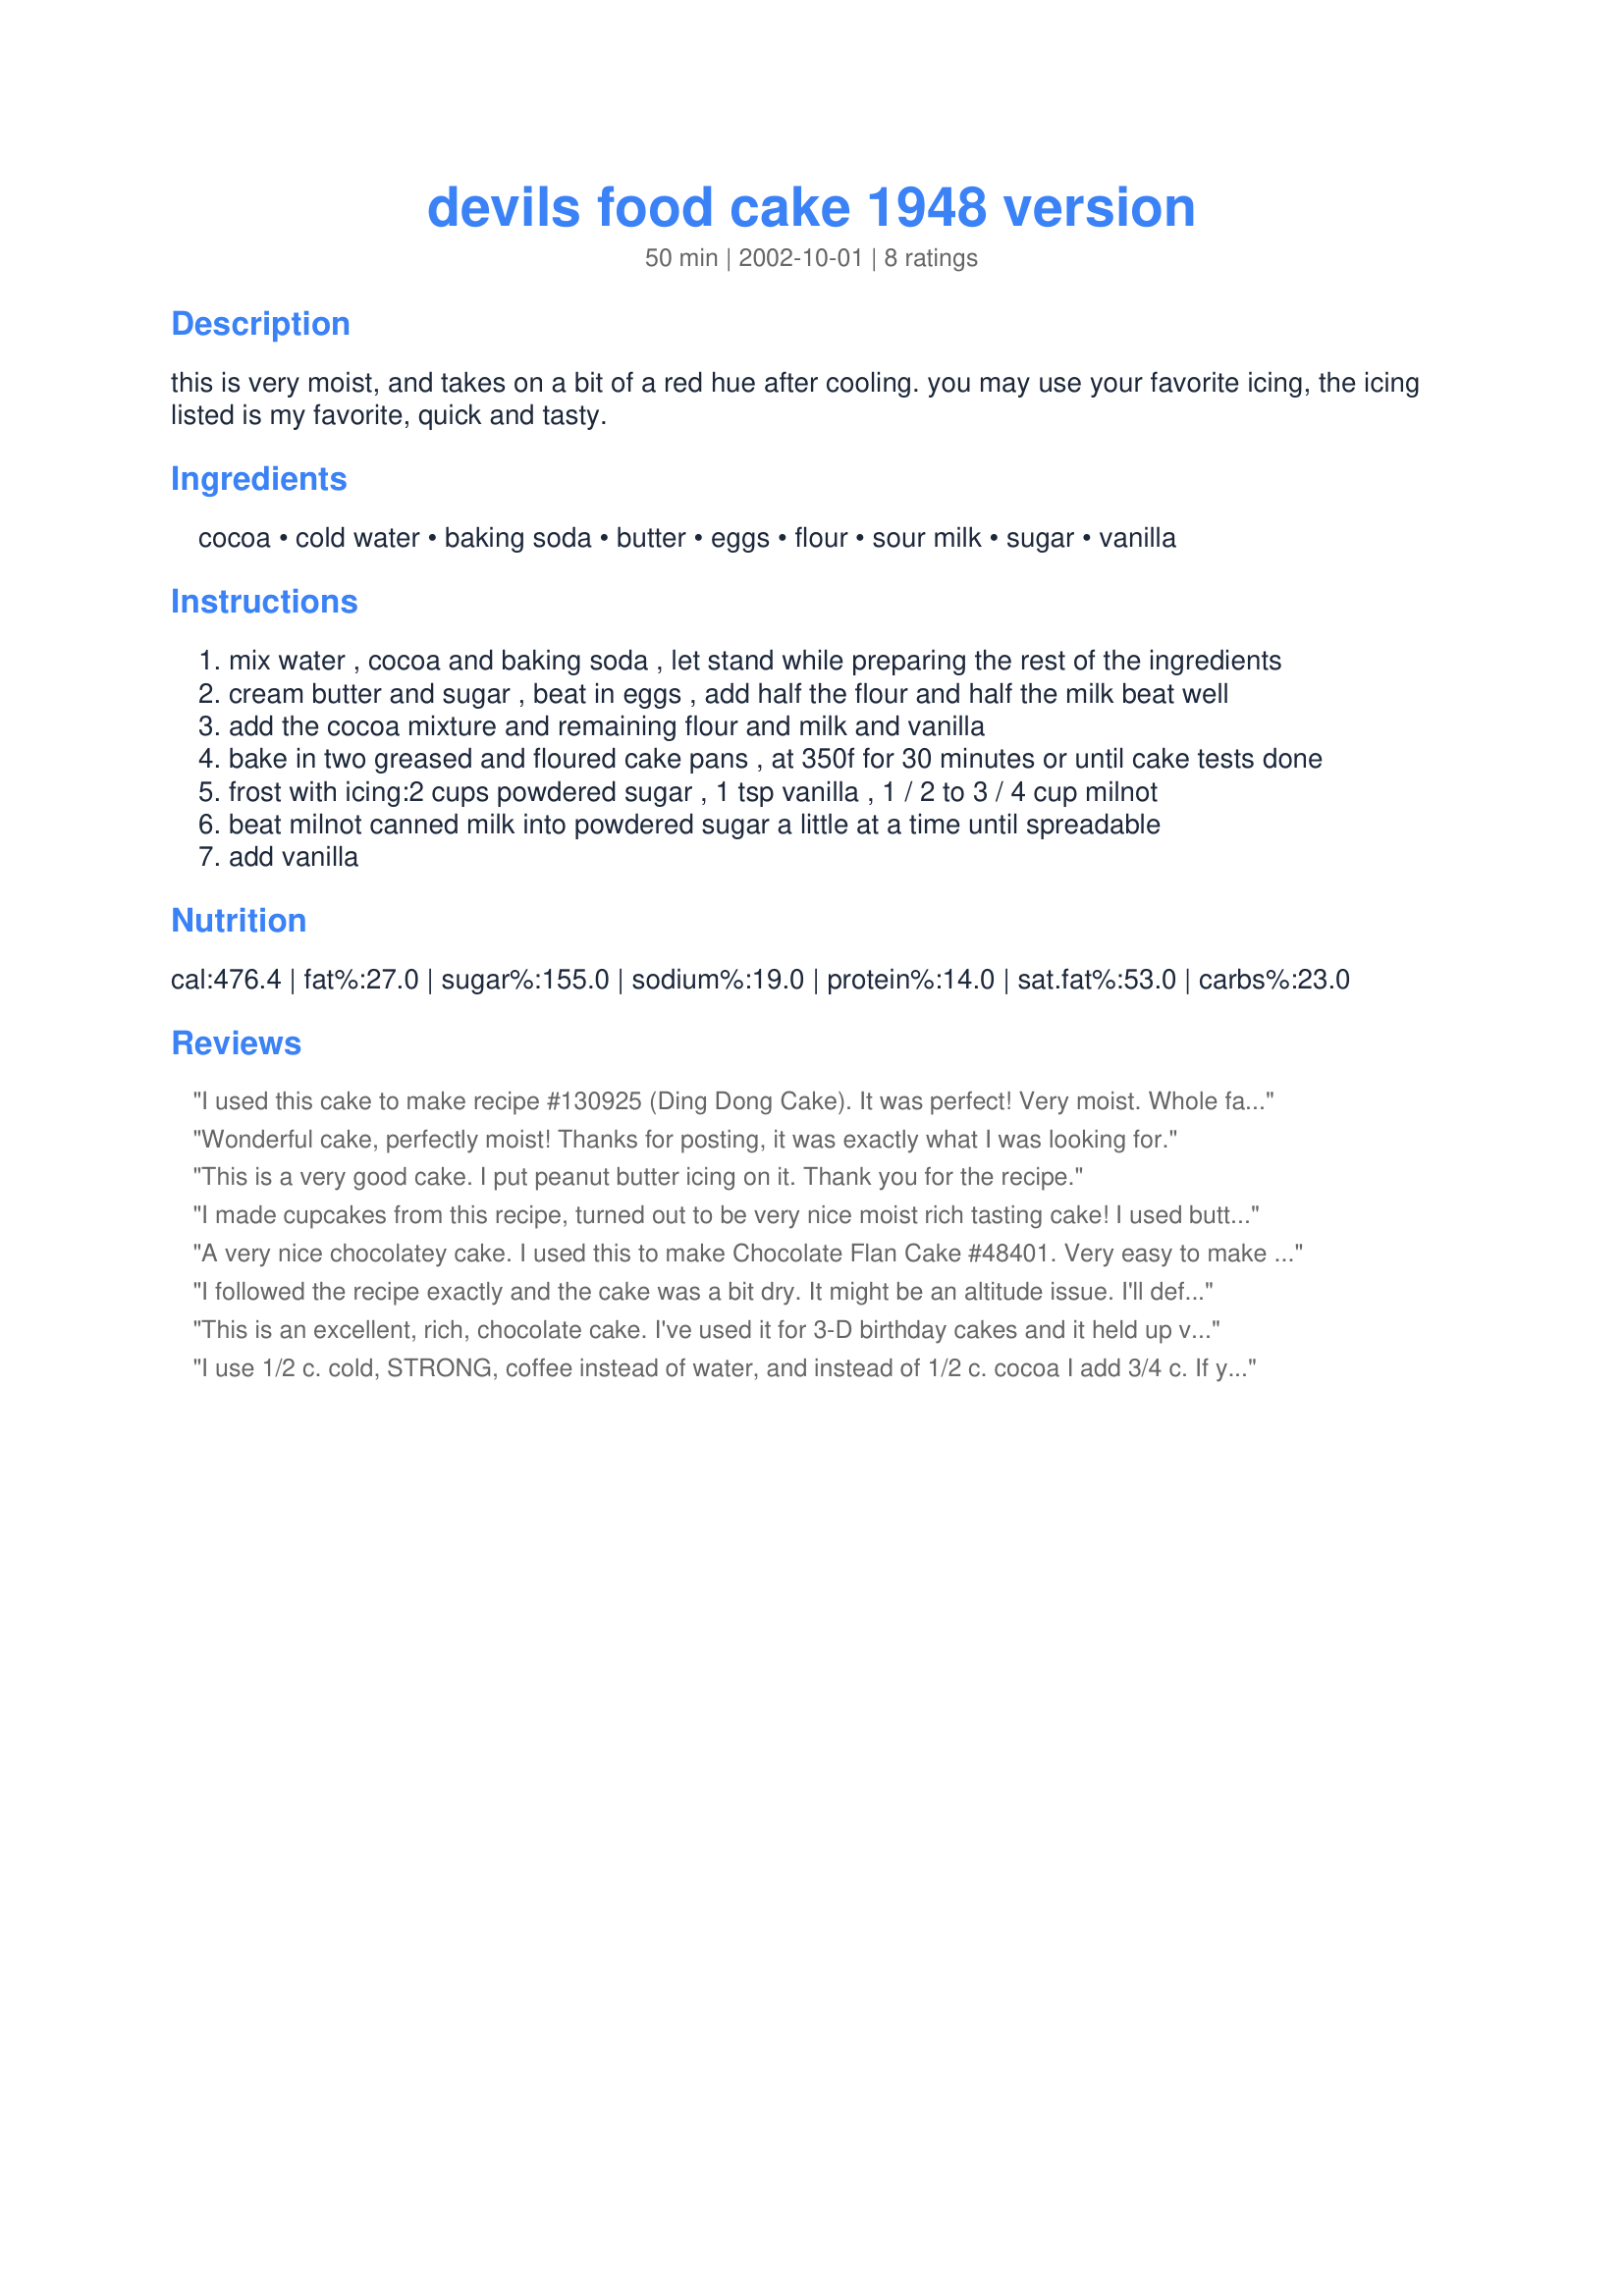
devils food cake 1948 version
Preparation time: 50 minutes

this is very moist, and takes on a bit of a red hue after cooling. you may use your favorite icing, the icing listed is my favorite, quick and tasty.

Ingredients:
cocoa, cold water, baking soda, butter, eggs, flour, sour milk, sugar, vanilla

Steps:
mix water , cocoa and baking soda , let stand while preparing the rest of the ingredients
cream butter and sugar , beat in eggs , add half the flour and half the milk beat well
add the cocoa mixture and remaining flour and milk and vanilla
bake in two greased and floured cake pans , at 350f for 30 minutes or until cake tests done
frost with icing:2 cups powdered sugar , 1 tsp vanilla , 1 / 2 to 3 / 4 cup milnot
beat milnot canned milk into powdered sugar a little at a time until spreadable
add vanilla

Reviews:
I used this cake to make recipe #130925 (Ding Dong Cake). It was perfect! Very moist. Whole family loves it! Will definately make again.
Thanks!
Wonderful cake, perfectly moist! Thanks for posting, it was exactly what I was looking for.
This is a very good cake. I put peanut butter icing on it. Thank you for the recipe.
I made cupcakes from this recipe, turned out to be very nice moist rich tasting cake! I used buttermilk. This recipe made 14 nice sized cupcakes. I prepared them with recipe#22376, slicing the cupcake into two parts and adding a bit more icing in the middle as well. Thanks for sharing this recipe its one I will turn to when I want to make a cake as well.
A very nice chocolatey cake. I used this to make Chocolate Flan Cake #48401. Very easy to make also.
I followed the recipe exactly and the cake was a bit dry. It might be an altitude issue. I'll definitely try again because it was tasty. I love the icing. I've never used evaporated milk for the liquid in an icing.
This is an excellent, rich, chocolate cake. I've used it for 3-D birthday cakes and it held up very well. My next feat with it will be as a layer of a wedding cake with raspberry filling.
I use 1/2 c. cold, STRONG, coffee instead of water, and instead of 1/2 c. cocoa I add 3/4 c. If you don't have buttermilk you can sub with 3/4 c. milk plus 2 t. lemon juice or vinegar that sits for 10 minutes before using. Make this with Sprinkles Vanilla Buttercream frosting and it is perfect for a birthday.
